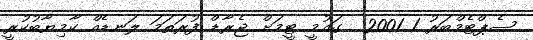
ސެޕްޓެމްބަރު 1 2001  ގައުމީ ޓީމަށް ޖެރާޑް ފުރަތަމަ ލަނޑެއް ކާމިޔާބުކުރީ